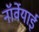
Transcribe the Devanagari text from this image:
नॉर्वेयाई